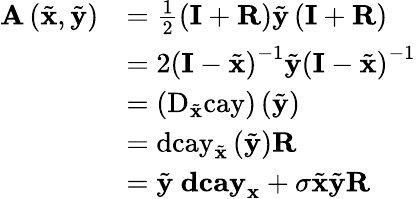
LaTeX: \begin{array}{rl}{\mathbf{A}\left(\tilde{\mathbf{x}},\tilde{\mathbf{y}}\right)}&{=\frac{1}{2}\left(\mathbf{I}+\mathbf{R}\right)\tilde{\mathbf{y}}\left(\mathbf{I}+\mathbf{R}\right)}\\ &{=2\left(\mathbf{I}-\tilde{\mathbf{x}}\right)^{-1}\tilde{\mathbf{y}}\left(\mathbf{I}-\tilde{\mathbf{x}}\right)^{-1}}\\ &{=\left(\mathrm{D}_{\tilde{\mathbf{x}}}\mathrm{cay}\right)\left(\tilde{\mathbf{y}}\right)}\\ &{=\mathrm{dcay}_{\tilde{\mathbf{x}}}\left(\tilde{\mathbf{y}}\right)\mathbf{R}}\\ &{=\tilde{\mathbf{y}}~\mathbf{dcay}_{\mathbf{x}}+\sigma\tilde{\mathbf{x}}\tilde{\mathbf{y}}\mathbf{R}}\end{array}